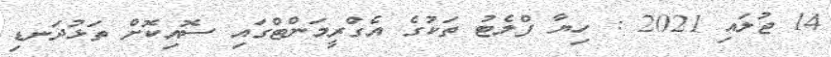
14 ޖުލައި 2021 : ހިޔާ ފްލެޓު ތަކުގެ އެގްރީމަންޓްގައި ސޮއިކޮށް ތަޅުދަނޑި